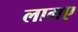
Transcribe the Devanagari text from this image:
लागए